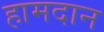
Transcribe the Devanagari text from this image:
हामदान